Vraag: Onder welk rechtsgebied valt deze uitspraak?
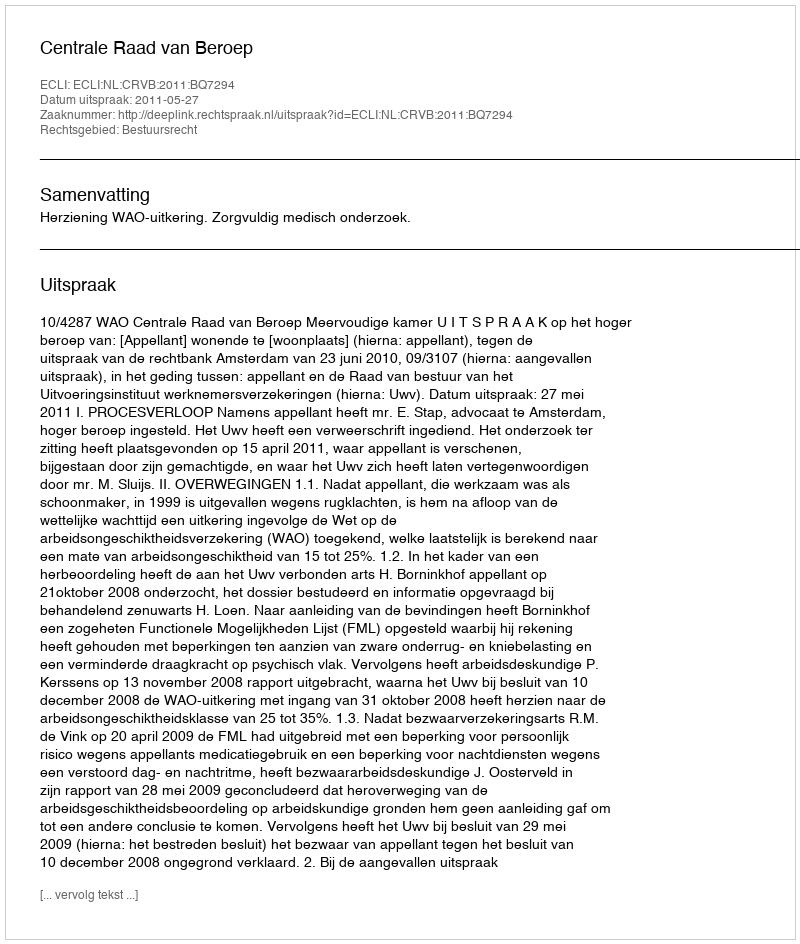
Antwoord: Bestuursrecht